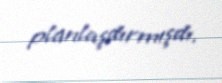
planlaşdırmışdı.